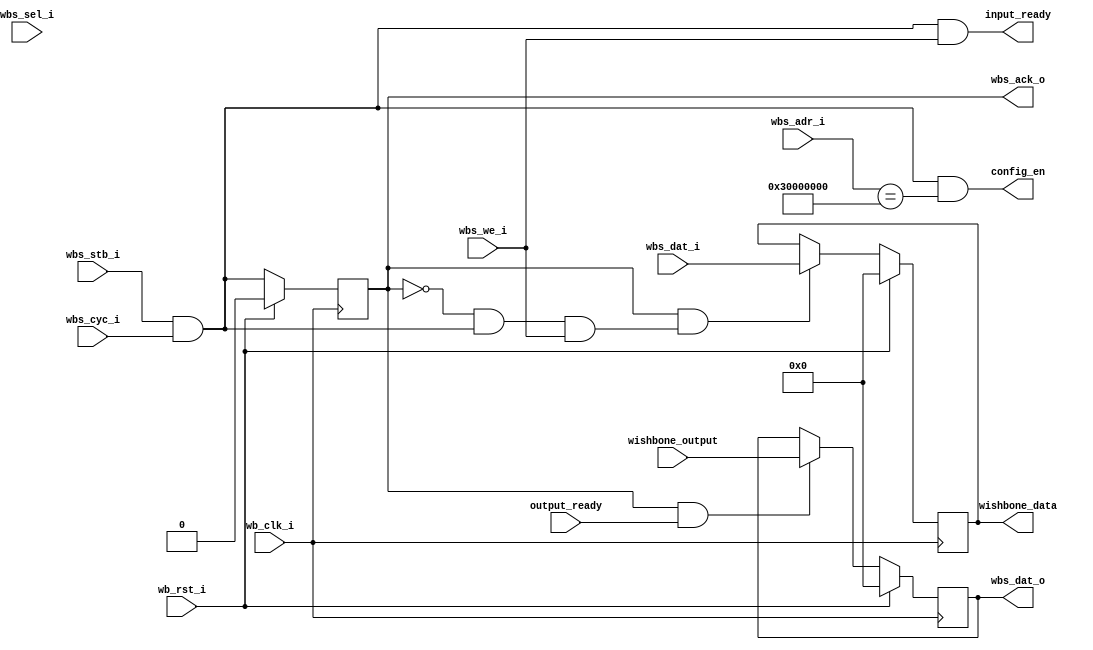
module wishbone_ctl #
(
    parameter OPCODE_ADDR = 32'h30000000
)
(
    // wishbone input
    input        wb_clk_i,
    input        wb_rst_i,
    input        wbs_stb_i,
    input        wbs_cyc_i,
    input        wbs_we_i,
    input [3:0]  wbs_sel_i,
    input [31:0] wbs_dat_i,
    input [31:0] wbs_adr_i,
  
    // control input
    input       output_ready,
    input [31:0] wishbone_output,
 
    // controller config enable
    output        config_en,    

    //control output
    output        input_ready,
    output [31:0] wishbone_data,
  
    // wishbone output
    output        wbs_ack_o,
    output [31:0] wbs_dat_o
);
  
  reg [31:0] wbs_reg_i;
  reg [31:0] wbs_reg_o;

// ==============================================================================
// Request, Acknowledgement
// ==============================================================================
    wire wbs_req = wbs_stb_i & wbs_cyc_i;
    reg ack_o;

    // ack
    always@(posedge wb_clk_i) begin
        if (wb_rst_i) ack_o <= 1'b0;
        else          ack_o <= wbs_req; // assume we can always process request immediately;
    end

// ==============================================================================
// Latching
// ==============================================================================
    wire wbs_req_write = (!ack_o) & wbs_req & (wbs_we_i);
    // Input Data to Sram
    always@(posedge wb_clk_i)
        if (wb_rst_i)
            wbs_reg_i <= 32'd0;
        else if (ack_o & wbs_req_write)
            wbs_reg_i <= wbs_dat_i;
    // Sram to Output Data
    always@(posedge wb_clk_i)
        if (wb_rst_i)
            wbs_reg_o <= 32'd0;
        else if (ack_o & output_ready)
            wbs_reg_o <= wishbone_output;
// ==============================================================================
// Outputs
// ==============================================================================
assign config_en               = wbs_req & (wbs_adr_i == OPCODE_ADDR);

assign wbs_ack_o               = ack_o;
assign wbs_dat_o               = wbs_reg_o;

assign input_ready             = wbs_req & (wbs_we_i);
assign wishbone_data           = wbs_reg_i;

endmodule